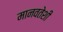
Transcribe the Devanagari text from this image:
मानवतेशी